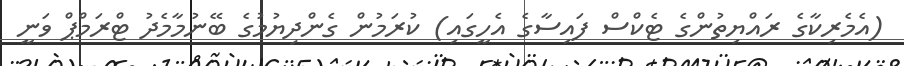
(އެމެރިކާގެ ރައްޔިތުންގެ ޓެކްސް ފައިސާގެ އެހީގައި) ކުރަމުން ގެންދިޔުމުގެ ބޭނުމާމެދު ޓްރަމްޕް ވަނީ